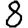
Digit: 8